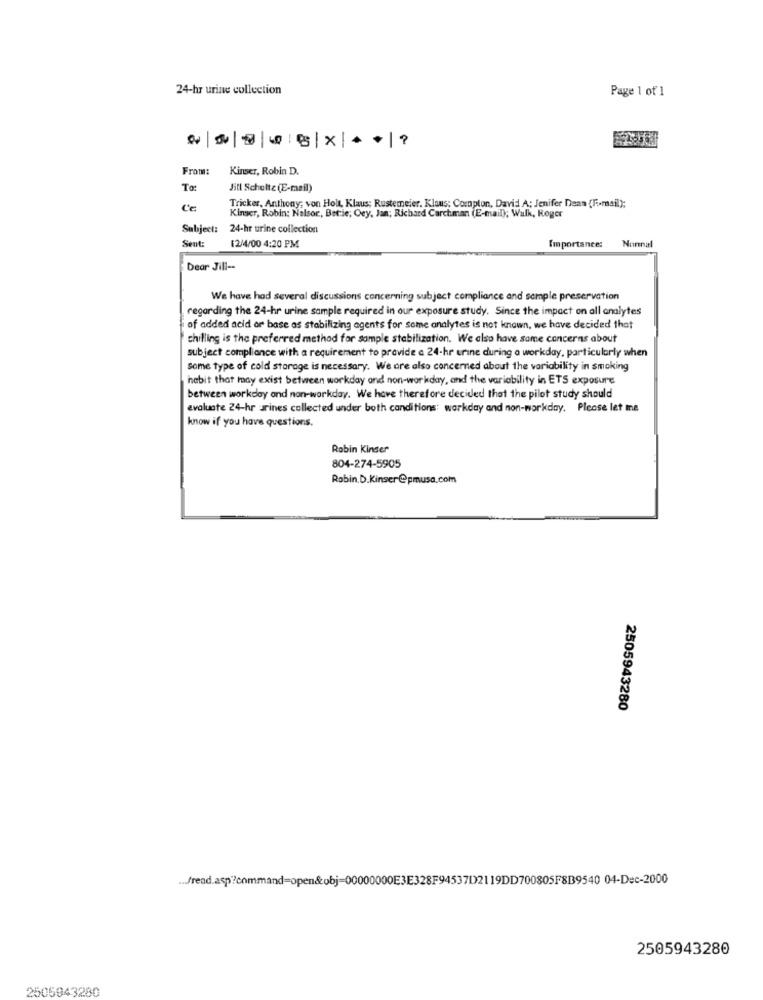
24-hr urine collection
Page 1 of 1
0|0||05|X |4|?
From:
Kinser, Robin D.
To:
Jill Schulte (E-mail)
Ce
Tricker, Anthony; von Holt, Klaus; Rustemeier. Klaus: Compton, David A; Jenifer Dean (F .. mail);
Kinser, Robin; Nelsor, Batie; Oey, Jan; Richard Carchman (E-mail); Walk, Roger
Subject:
24-hr urine collection
Sent:
Importance:
Normal
12/4/00 4:20 PM
Dear Jill --
We have had several discussions concerning subject compliance and sample preservation
regarding the 24-hr urine sample required in our exposure study. Since the impact on all analytes
of added acid or base as stabilizing agents for some analytes is not known, we have decided that
chilling is the preferred method for sample stabilization. We also have same concerns about
subject compliance with a requirement to provide a 24-hr urine during a workday, particularly when
some type of cold storage is necessary. We are also concerned about the variability in smoking
habit that may exist between workday and non-workday, and the variability in ETS exposure
between workday and non-workday. We have therefore decided that the pilot study should
evaluate 24-hr urines collected under both canditions: workday and non-workday. Please let me
know if you have questions.
Robin Kinder
804-274-5905
Robin.D.Kinser@pmusa.com
2505943280
.. frend.asp?command=open&obj=00000000E3E328F94537D2119DD700805F8B9540 04-Dec-2000
2505943280
2505043280